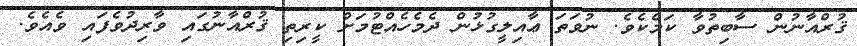
ޤުރްއާނުން ސާބިތުވާ ކަމެކެވެ. ނުވަތަ ޢާއިލީގުޅުން ދެމެހެއްޓުމަށް ކީރިތި ޤުރްއާނުގައި ވާރިދުވެފައި ވެއެވެ.